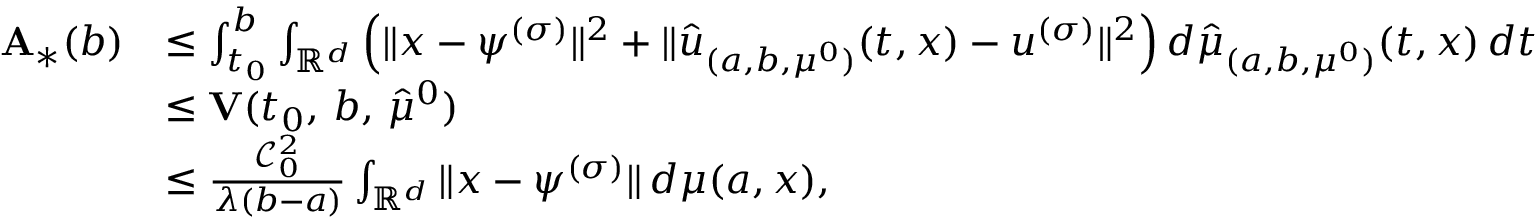
\begin{array} { r l } { \textbf A _ { \ast } ( b ) } & { \leq \int _ { t _ { 0 } } ^ { b } \int _ { \mathbb { R } ^ { d } } \left( \| x - \psi ^ { ( \sigma ) } \| ^ { 2 } + \| \hat { u } _ { ( a , b , \mu ^ { 0 } ) } ( t , x ) - u ^ { ( \sigma ) } \| ^ { 2 } \right) d \hat { \mu } _ { ( a , b , \mu ^ { 0 } ) } ( t , x ) \, d t } \\ & { \leq \textbf V ( t _ { 0 } , \, b , \, \hat { \mu } ^ { 0 } ) } \\ & { \leq \frac { \mathcal C _ { 0 } ^ { 2 } } { \lambda ( b - a ) } \int _ { \mathbb { R } ^ { d } } \| x - \psi ^ { ( \sigma ) } \| \, d \mu ( a , x ) , } \end{array}